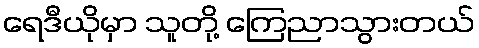
ရေဒီယိုမှာ သူတို့ ကြေညာသွားတယ်